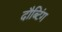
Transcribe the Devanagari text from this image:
दौब्टिंग